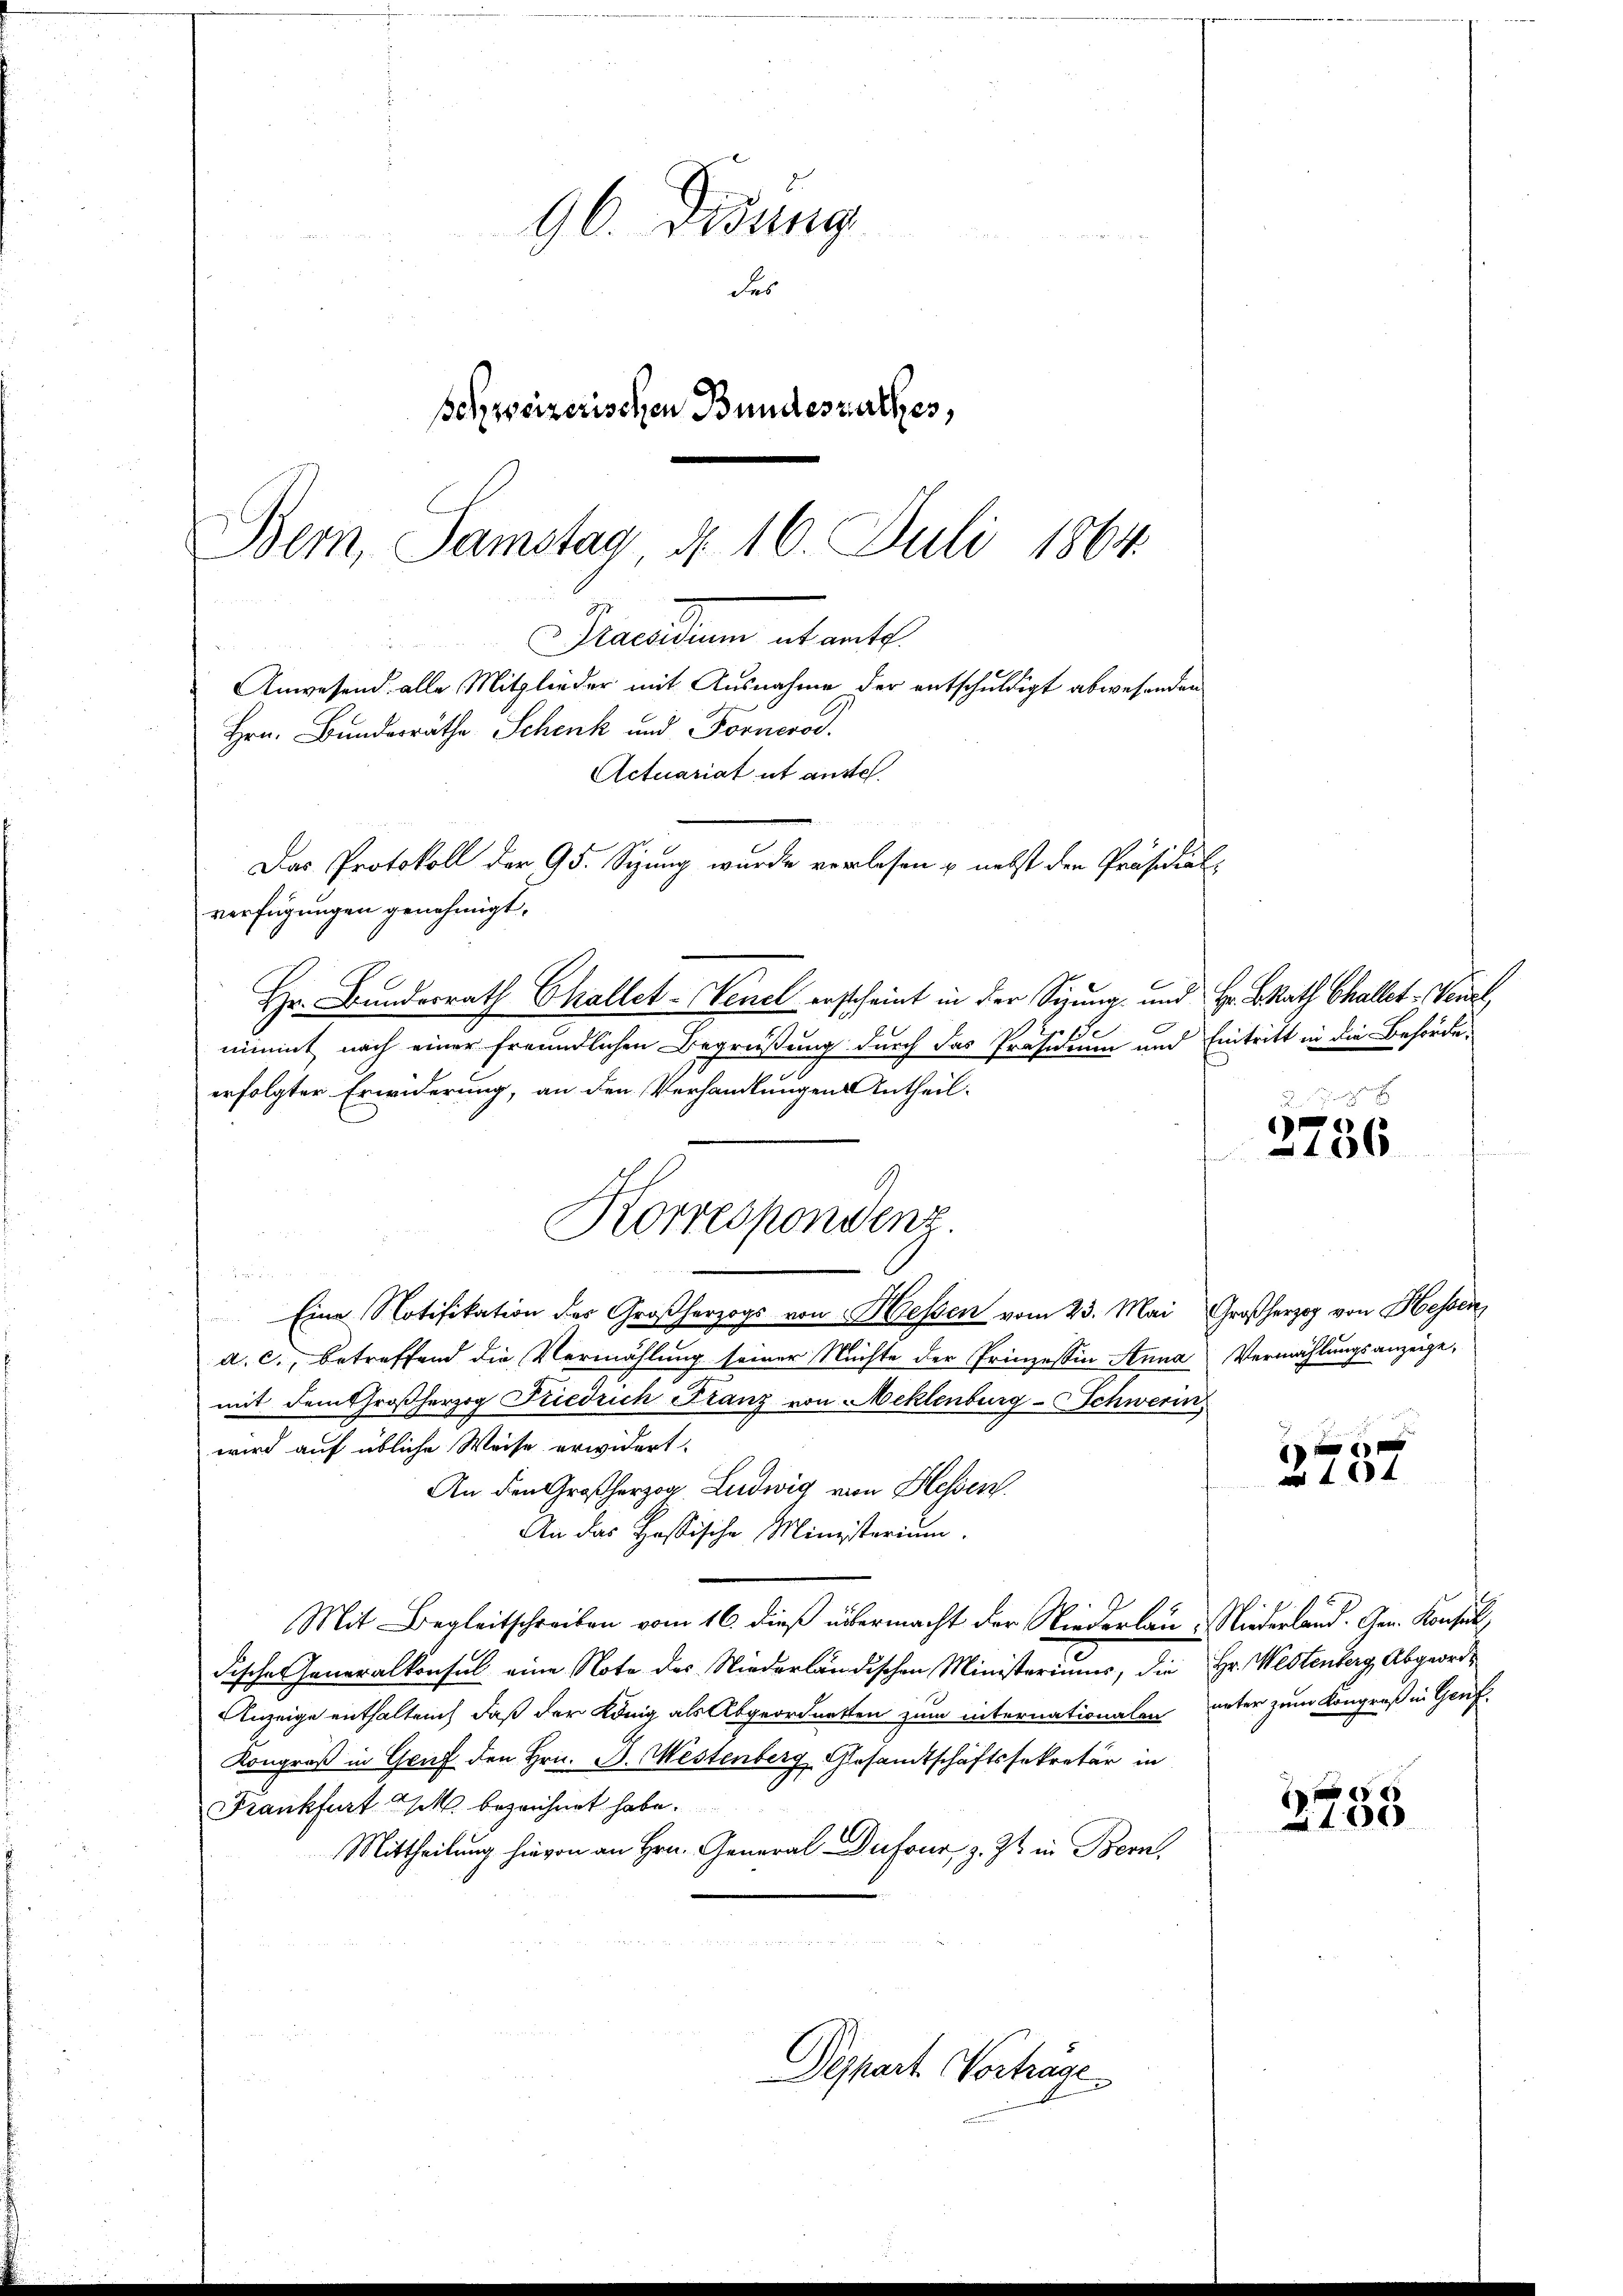
ecarium alt ant
Anwesend alle Mitglieder mit Ausnahme der entschuldigt abwesenden
Hrn. Bundesräthe Schenk und Forneros
Actuariat ut auses.
Das Protokoll der 95. Sizung wurde vorlesen u. nebst den Präsidial-
verfügungen genehmigt.
Hr. Bundesrath Challet-Wenel erscheint in der Sizung und Hr. B. Rath Challet-Venel,

96. Didung
des
schweizerischen Bundesrathes,
Bern, Samstag § 16. Juli 1864.

1
nimmt nach einer freundlichen Begrüßung durch das Präsidium und Eintritt in die Behördeerfolgter Erwiderung, an den Verhandlungen Antheil.
1
Eine Notifikation des Großherzogs von Hessen vom 23. Mai Großherzog von Hessen,
a. c., betreffend die Vermählung seiner Nichte der Prinzessin Anna
mit dem Großherzog Friedrich Franz von Meklenburg-Schwerin
wird auf übliche Weise erwidert.
An den Großherzog Ludwig von Hessen.
An das Hassische Ministerium.
Mit Begleitschreiben vom 16. dieß übermacht der Niederlau. Niederland. Gen. Konsull
dischen Generalkonsul eine Note des Niederländischen Ministeriums, die Hr. Westenberg, Abgeord¬
Anzeige enthalten, daß der König als Abgeordnetten zum internationalen unter zum Kongreß in Genf
Kongroß in Gruf den Hrn. B. Meistenberg, Gesandtschäftssekretär in
Frankfurt Ich bezeichnet habe.
Mittheilung hievon an Hrn. General Dufour, z. Zt. in Bern,
Deppart Vorträge

Korrespondenz

n
2736

Vermählungsanzeige,

i
a 1604

E
100